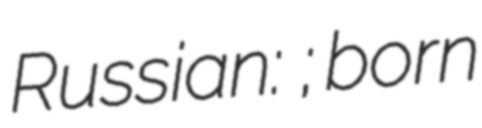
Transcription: Russian: Вячеслав Григоров; born